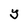
Character: Y